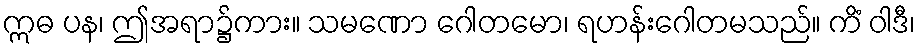
ဣဓ ပန၊ ဤအရာ၌ကား။ သမဏော ဂေါတမော၊ ရဟန်းဂေါတမသည်။ ကိံ ဝါဒီ၊